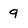
Character: 9